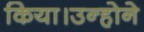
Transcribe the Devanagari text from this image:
किया।उन्होने